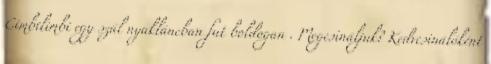
Cimbilimbi egy szál nyakláncban fut boldogan . Megcsináljuk? Kedvcsinálóként